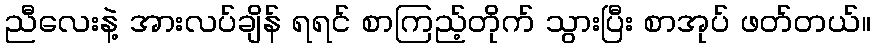
ညီလေးနဲ့ အားလပ်ချိန် ရရင် စာကြည့်တိုက် သွားပြီး စာအုပ် ဖတ်တယ်။